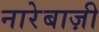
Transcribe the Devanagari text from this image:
नारेबाज़ी